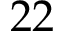
2 2